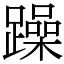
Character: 躁